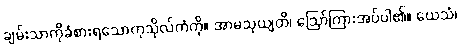
ချမ်းသာကိုခံစားရသောကုသိုလ်ကံကို။ အာမသုယျတိ၊ ဩော်ကြားအပ်ပါ၏။ ယေသံ၊